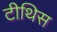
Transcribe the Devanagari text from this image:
टीथिस